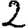
Digit: 2